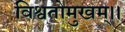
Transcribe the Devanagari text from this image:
विश्वतोमुखम्‌।।